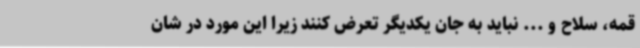
قمه، سلاح و ... نباید به جان یکدیگر تعرض کنند زیرا این مورد در شان